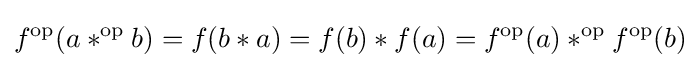
f^{\text{op}}(a*^{\text{op}}b)=f(b*a)=f(b)*f(a)=f^{\text{op}}(a)*^{\text{op}}f^{\text{op}}(b)